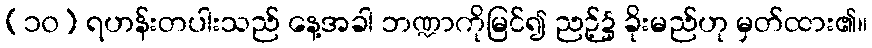
(၁၀) ရဟန်းတပါးသည် နေ့အခါ ဘဏ္ဍာကိုမြင်၍ ညဉ့်၌ ခိုးမည်ဟု မှတ်ထား၏။